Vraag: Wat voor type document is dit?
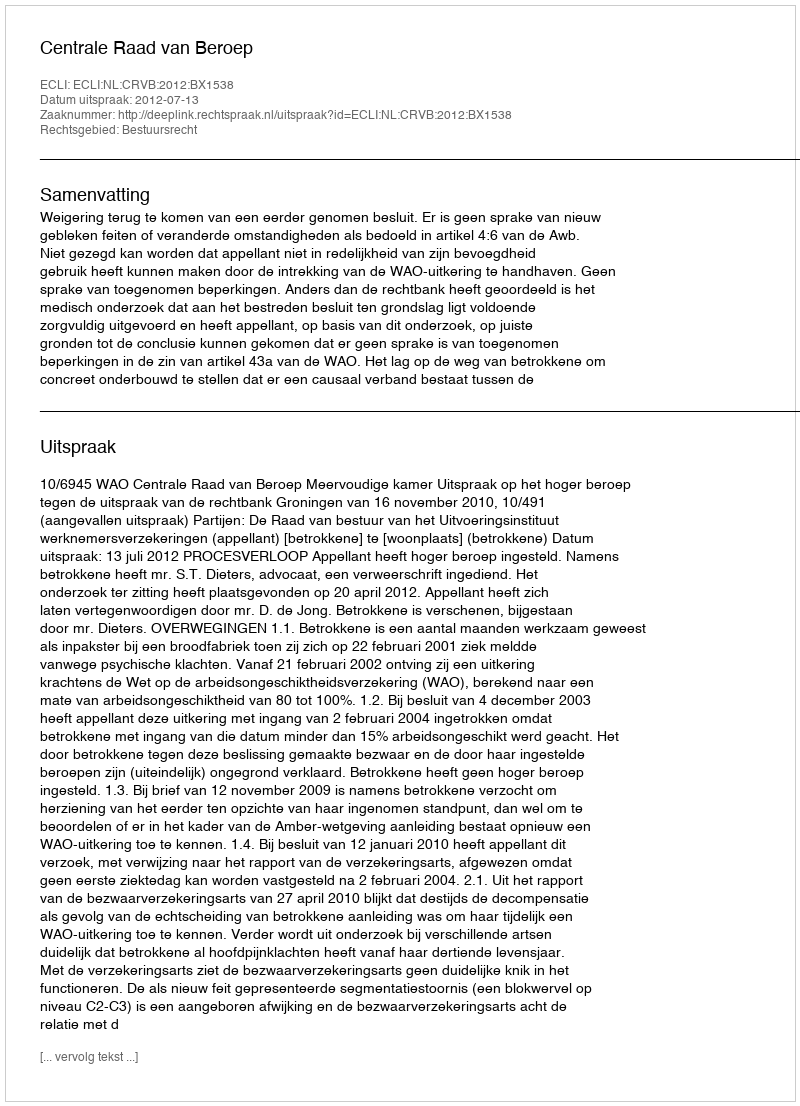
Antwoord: Uitspraak